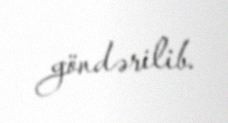
göndərilib.